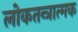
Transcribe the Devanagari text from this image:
लोकतन्त्रात्मक